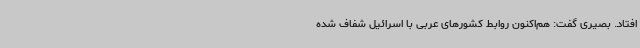
افتاد. بصیری گفت: هم‌اکنون روابط کشورهای عربی با اسرائیل شفاف شده